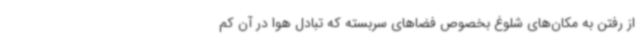
از رفتن به مکان‌های شلوغ بخصوص فضاهای سربسته که تبادل هوا در آن کم